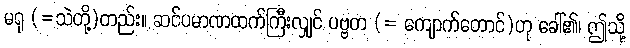
မရု (=သဲတို့)တည်း။ ဆင်ပမာဏထက်ကြီးလျှင် ပဗ္ဗတ (= ကျောက်တောင်)ဟု ခေါ်၏၊ ဤသို့